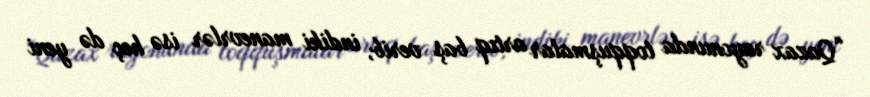
“Qazax rayonunda toqquşmalar artıq baş verib, indiki manevrlər isə heç də yeni